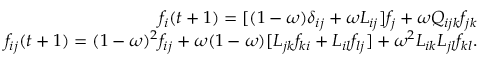
\begin{array} { r } { f _ { i } ( t + 1 ) = [ ( 1 - \omega ) \delta _ { i j } + \omega L _ { i j } ] f _ { j } + \omega Q _ { i j k } f _ { j k } } \\ { f _ { i j } ( t + 1 ) = ( 1 - \omega ) ^ { 2 } f _ { i j } + \omega ( 1 - \omega ) [ L _ { j k } f _ { k i } + L _ { i l } f _ { l j } ] + \omega ^ { 2 } L _ { i k } L _ { j l } f _ { k l } . } \end{array}